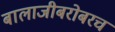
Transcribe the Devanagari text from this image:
बालाजीबरोबरच